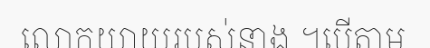
លោកយាយរបស់នាង ។បើតាម